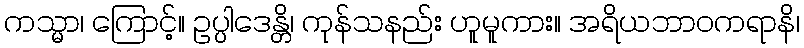
ကသ္မာ၊ ကြောင့်။ ဥပ္ပါဒေန္တိ၊ ကုန်သနည်း ဟူမူကား။ အရိယဘာဝကရာနိ၊